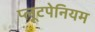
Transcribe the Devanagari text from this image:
प्लूटपेनियम